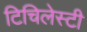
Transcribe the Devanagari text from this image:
टिचिलेस्टी